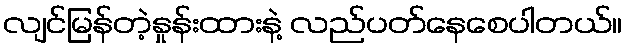
လျင်မြန်တဲ့နှုန်းထားနဲ့ လည်ပတ်နေစေပါတယ်။